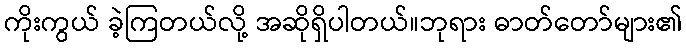
ကိုးကွယ် ခဲ့ကြတယ်လို့ အဆိုရှိပါတယ်။ဘုရား ဓာတ်တော်များ၏